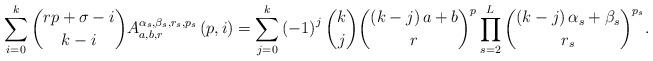
LaTeX: \begin{align*}\sum_{i=0}^{k}\binom{rp+\sigma -i}{k-i}A_{a,b,r}^{\alpha _{s},\beta_{s},r_{s},p_{s}}\left( p,i\right) =\sum_{j=0}^{k}\left( -1\right) ^{j}\binom{k}{j}\binom{\left( k-j\right) a+b}{r}^{p}\prod_{s=2}^{L}\binom{\left(k-j\right) \alpha _{s}+\beta _{s}}{r_{s}}^{p_{s}}. \end{align*}